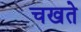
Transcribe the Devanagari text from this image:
चखते